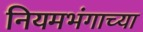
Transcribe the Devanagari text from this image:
नियमभंगाच्या